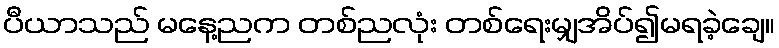
ပီယာသည် မနေ့ညက တစ်ညလုံး တစ်ရေးမျှအိပ်၍မရခဲ့ချေ။